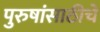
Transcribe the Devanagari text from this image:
पुरुषांसाठीचे